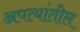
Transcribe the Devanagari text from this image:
अपत्यांतील